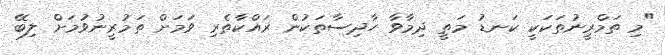
"މި ތަމްރީނުތަކަކީ ކަނޑު މަތީ ދިމާވާ ހާދިސާތަކުން ރައްކާތެރި ވަމަށް ތަމުރީނުވުމަށް ލިބޭ